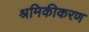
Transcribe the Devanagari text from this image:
श्रमिकीकरण